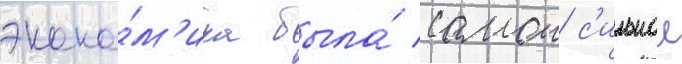
эконо́м'ика была́ самои с'ильнои